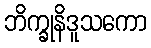
ဘိက္ခုနိဒူသကော